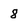
Character: 8